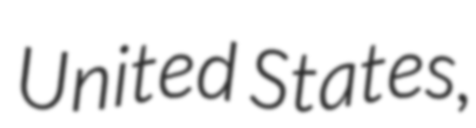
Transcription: United States,